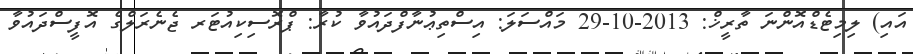
އައި) ލިމިޓެޑްއޮންނަ ތާރީޚް: 2013-10-29 މައްސަލަ: އިސްތިޢުނާފްދައުވާ ކުރާ: ޕްރޮސިކިއުޓަރ ޖެނެރަލްގެ އޮފީސްދައުވާ